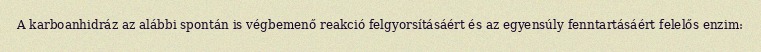
A karboanhidráz az alábbi spontán is végbemenő reakció felgyorsításáért és az egyensúly fenntartásáért felelős enzim: